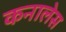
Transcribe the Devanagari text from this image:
कनालेस